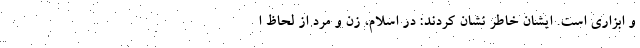
و ابزاری است. ایشان خاطر نشان کردند: در اسلام، زن و مرد از لحاظ ا